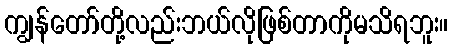
ကျွန်တော်တို့လည်းဘယ်လိုဖြစ်တာကိုမသိရဘူး။